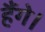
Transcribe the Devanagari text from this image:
हैंगे।